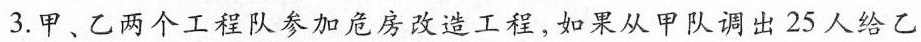
3.甲、乙两个工程队参加危房改造工程，如果从甲队调出25人给乙